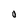
Character: 0